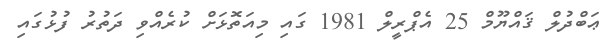
ޢަބްދުލް ޤައްޔޫމް 25 އެޕްރީލް 1981 ގައި މިއަތޮޅަށް ކުރެއްވި ދަތުރު ފުޅުގައި